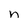
Character: n